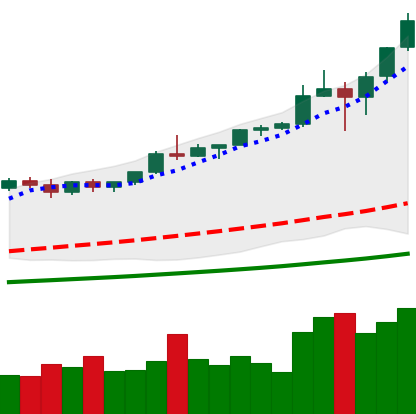
Ticker: BTC-USD
Chart end date: 2021-01-07
Forward return: -13.838%
Label: down_7plus